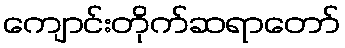
ကျောင်းတိုက်ဆရာတော်